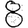
Digit: 8